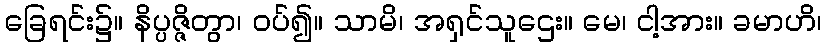
ခြေရင်း၌။ နိပ္ပဇ္ဇိတွာ၊ ဝပ်၍။ သာမိ၊ အရှင်သူဌေး။ မေ၊ ငါ့အား။ ခမာဟိ၊